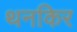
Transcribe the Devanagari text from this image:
थनकिर